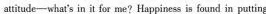
attitude--what's in it for me?Happiness is found in patting